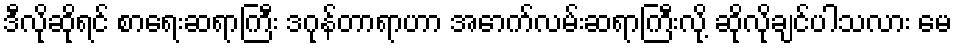
ဒီလိုဆိုရင် စာရေးဆရာကြီး ဒဂုန်တာရာဟာ အောက်လမ်းဆရာကြီးလို့ ဆိုလိုချင်ပါသလား မေ